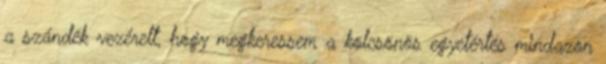
a szándék vezérelt, hogy megkeressem a kölcsönös egyetértés mindazon